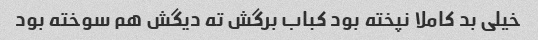
خیلی بد کاملا نپخته بود کباب برگش ته دیگش هم سوخته بود